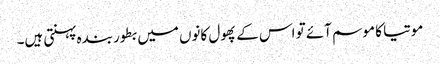
موتیا کا موسم آئے تو اس کے پھول کانوں میں بطور بندہ پہنتی ہیں۔